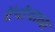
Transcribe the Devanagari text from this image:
टेंपोवाला